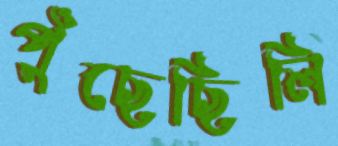
পুঁছেছিলি